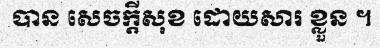
បាន សេចក្តីសុខ ដោយសារ ខ្លួន ។